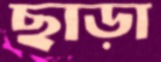
ছাড়া